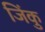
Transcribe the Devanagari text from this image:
जिंकु